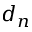
d _ { n }